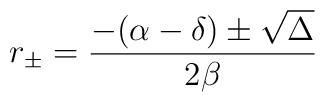
r_\pm = \frac{-(\alpha - \delta )\pm \sqrt{\Delta}}{2\beta}